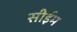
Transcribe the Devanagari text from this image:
सीईम